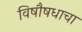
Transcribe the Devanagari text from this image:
विषौषधाचा